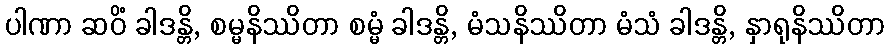
ပါဏာ ဆဝိံ ခါဒန္တိ, စမ္မနိဿိတာ စမ္မံ ခါဒန္တိ, မံသနိဿိတာ မံသံ ခါဒန္တိ, နှာရုနိဿိတာ